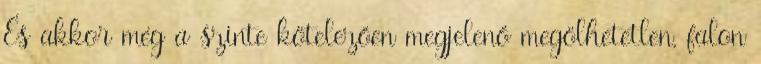
És akkor még a szinte kötelezően megjelenő megölhetetlen, falon